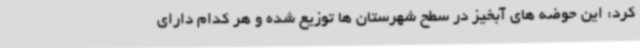
کرد: این حوضه های آبخیز در سطح شهرستان ها توزیع شده و هر کدام دارای